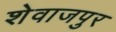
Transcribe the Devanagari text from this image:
शेवाजपुर